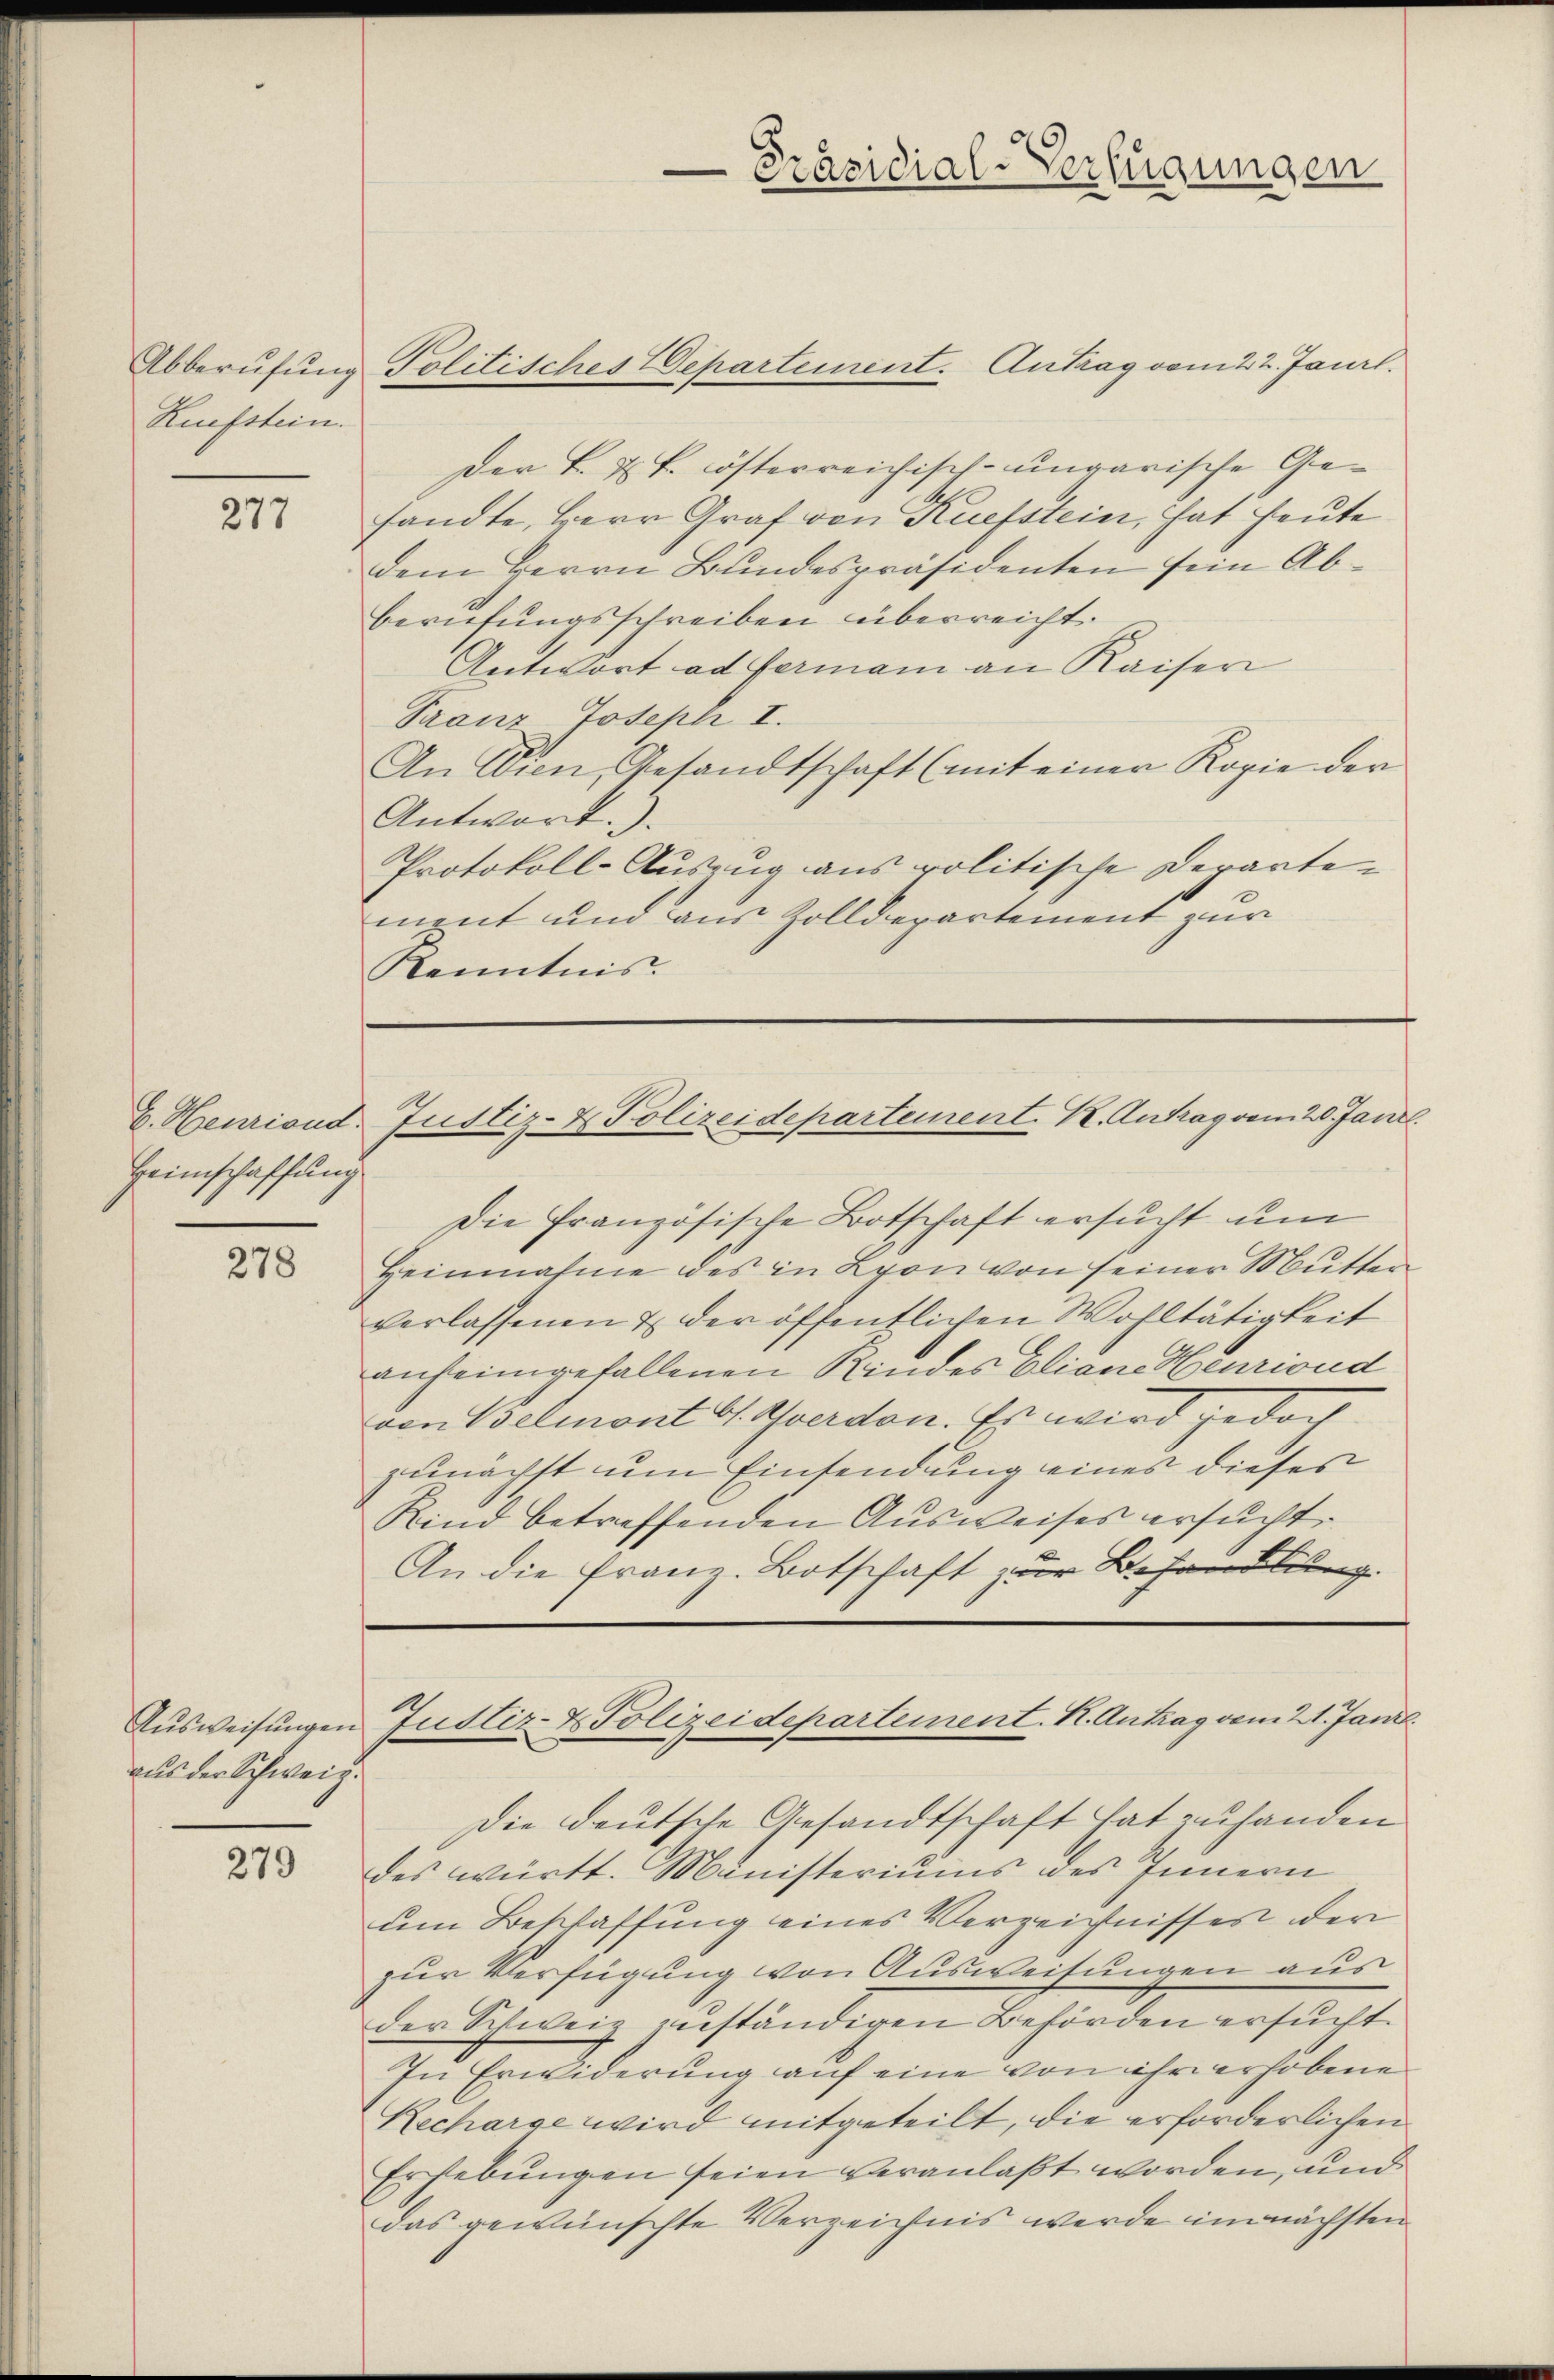
Kufstein.

277

Heimschaffung

278

aus der Schweiz.

279

Abberufung Politisches Departement. Antrag vom 22. Janrl.
Der B. u. k. österreichisch-ungarische Gesandte, Herr Graf von Ruefstein, hat heute
dem Herrn Bundespräsidenten sein Abberufungsschreiben überreicht.
Antwort ad fermani an Kaiseri
Franz Joseph I.
An Wien, Gesandtschaft (mit einer Kopie der
Antwort.).
Protokoll-Auszug aus politische Departement und aus Zolldepartement zur
Kenntnis.

Die Französische Botschaft ersucht um
Heinnahme des in Lyon von seiner Mutten
verlassenen & der öffentlichen Wohltätigkeit
anheimgefallenen Kindes Eliane Heuriond
von Belmont G. Yverdon. Es wird jedoch
zunächst um Einsendung eines dieses
Kind betreffenden Ausweises ersucht.
An die Franz-Botschaft zur Behandlung

Präsidial-Verfügungen

C. Heuriond. Justiz- & Polizeidepartement. K. Antrag vom 20. Janil

Aŭsweisŭngen Justiz- & Polizeidepartement. K. Antrag vom 21. Janiz

Die deutsche Gesandtschaft hat zu handen
des württ. Ministeriums des Innern
um Beschaffung eines Verzeichnisses der
zur Verfügung von Ausweitungen aus
der Schweiz zuständigen Behörden ersucht.
In Erwiderung auf eine von ihr erhobene
Recharge wird mitgeteilt, die erforderlichen
Erhebungen seien veranlaßt worden, und
das gewünschte Verzeichnis werde im nächsten